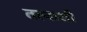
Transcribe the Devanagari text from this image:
तत्वाशी